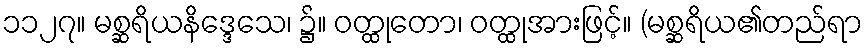
၁၁၂၇။ မစ္ဆရိယနိဒ္ဒေသေ၊ ၌။ ဝတ္ထုတော၊ ဝတ္ထုအားဖြင့်။ (မစ္ဆရိယ၏တည်ရာ